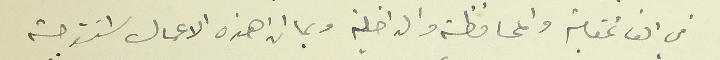
في القائمقامية والمحافظة والداخلية وبما ان هذه الاعمال استوجبته